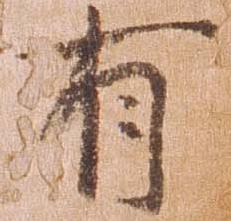
有